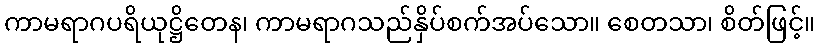
ကာမရာဂပရိယုဋ္ဌိတေန၊ ကာမရာဂသည်နှိပ်စက်အပ်သော။ စေတသာ၊ စိတ်ဖြင့်။